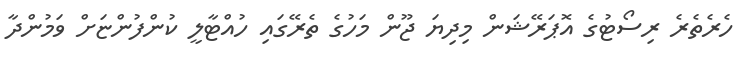
ހެރެތެރެ ރިސޯޓުގެ އޮޕަރޭޝަން މިދިޔަ ޖޫން މަހުގެ ތެރޭގައި ހުއްޓާލީ ކުންފުންޏަށް ވަމުންދާ